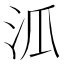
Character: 𣲖